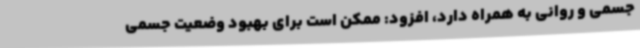
جسمی و روانی به همراه دارد، افزود: ممکن است برای بهبود وضعیت جسمی